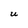
Character: I